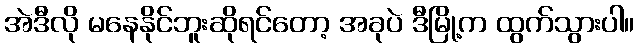
အဲဒီလို မနေနိုင်ဘူးဆိုရင်တော့ အခုပဲ ဒီမြို့က ထွက်သွားပါ။